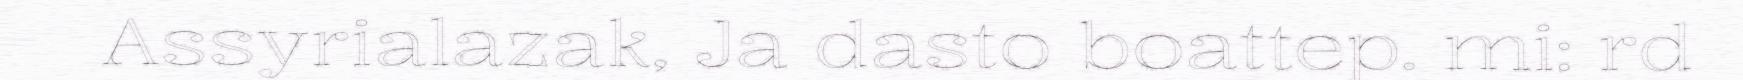
Assyrialazak, Ja dasto boattep. mi: rd